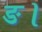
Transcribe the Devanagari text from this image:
ङ।